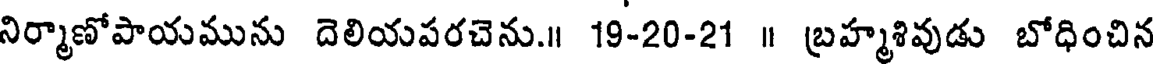
నిర్మాణోపాయమును దెలియపరచెను.॥ 19-20-21 ॥ బ్రహ్మశివుడు బోధించిన